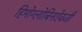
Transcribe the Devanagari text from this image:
हिमोग्लोबिनऐवजी